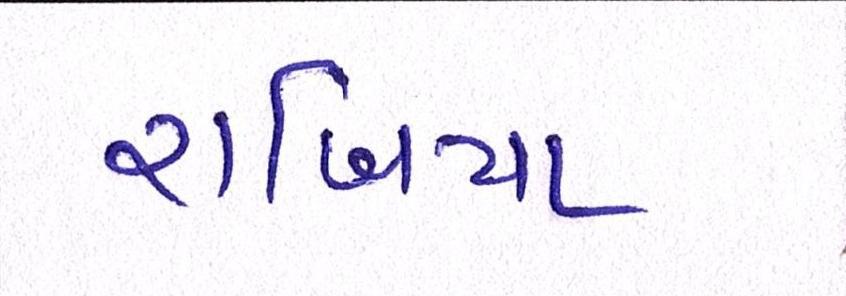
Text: રાબિયા